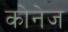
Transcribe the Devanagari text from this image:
कोनेज